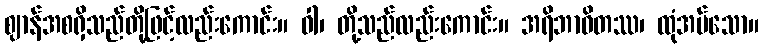
ဈာန်အစရှိသည်တို့ဖြင့်လည်းကောင်း။ ဝါ၊ တို့သည်လည်းကောင်း။ အရိဘာဝိတဿ၊ ထုံအပ်သော။